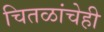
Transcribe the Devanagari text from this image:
चितळांचेही